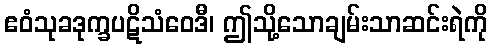
ဧဝံသုခဒုက္ခပဋိသံဝေဒီ၊ ဤသို့သောချမ်းသာဆင်းရဲကို